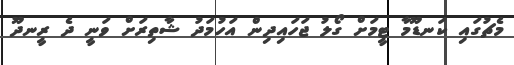
މެޗުގައި ކަނޑޫމާ ޓީމަށް ގޯލު ޖަހައިދިން އަހުމަދު ޝާތިރަށް ވަނީ ދެ ރީނދޫ